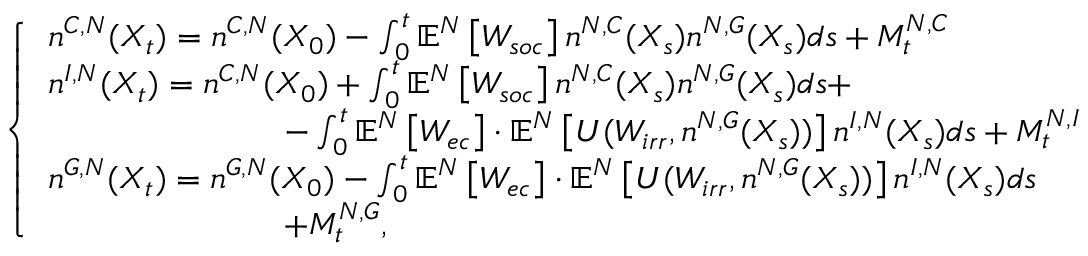
\left\{ \begin{array} { l l } { n ^ { C , N } ( X _ { t } ) = n ^ { C , N } ( X _ { 0 } ) - \int _ { 0 } ^ { t } \mathbb { E } ^ { N } \left[ W _ { s o c } \right] n ^ { N , C } ( X _ { s } ) n ^ { N , G } ( X _ { s } ) d s + M _ { t } ^ { N , C } } \\ { n ^ { I , N } ( X _ { t } ) = n ^ { C , N } ( X _ { 0 } ) + \int _ { 0 } ^ { t } \mathbb { E } ^ { N } \left[ W _ { s o c } \right] n ^ { N , C } ( X _ { s } ) n ^ { N , G } ( X _ { s } ) d s + } \\ { \quad \quad \quad \quad \quad \quad \quad - \int _ { 0 } ^ { t } \mathbb { E } ^ { N } \left[ W _ { e c } \right] \cdot \mathbb { E } ^ { N } \left[ U ( W _ { i r r } , n ^ { N , G } ( X _ { s } ) ) \right] n ^ { I , N } ( X _ { s } ) d s + M _ { t } ^ { N , I } } \\ { n ^ { G , N } ( X _ { t } ) = n ^ { G , N } ( X _ { 0 } ) - \int _ { 0 } ^ { t } \mathbb { E } ^ { N } \left[ W _ { e c } \right] \cdot \mathbb { E } ^ { N } \left[ U ( W _ { i r r } , n ^ { N , G } ( X _ { s } ) ) \right] n ^ { I , N } ( X _ { s } ) d s } \\ { \quad \quad \quad \quad \quad \quad \quad + M _ { t } ^ { N , G } , } \end{array} \right.